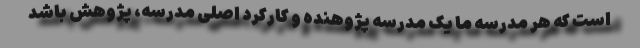
است که هر مدرسه ما یک مدرسه پژوهنده و کارکرد اصلی مدرسه، پژوهش باشد